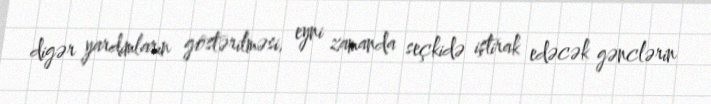
digər yardımların göstərilməsi, eyni zamanda seçkidə iştirak edəcək gənclərin